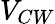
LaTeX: V_{CW}